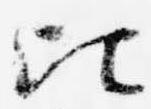
比